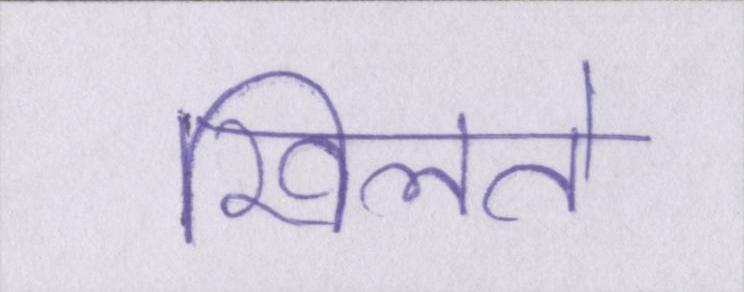
खिलते